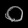
Digit: ၀